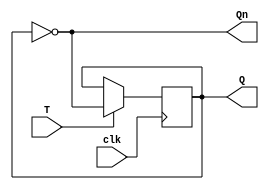
module T_flip_flop(
    input T,
    input clk,
    output reg Q,
    output reg Qn
);

reg D;

assign Qn = ~Q;

always @(posedge clk) begin
    D <= T;
end

always @(posedge clk) begin
    if(T == 1'b1) begin
        Q <= ~Q;
    end
end

endmodule